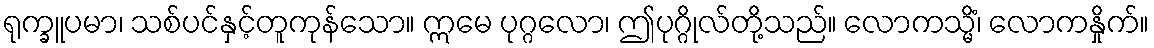
ရုက္ခူပမာ၊ သစ်ပင်နှင့်တူကုန်သော။ ဣမေ ပုဂ္ဂလော၊ ဤပုဂ္ဂိုလ်တို့သည်။ လောကသ္မိံ၊ လောကနှိုက်။